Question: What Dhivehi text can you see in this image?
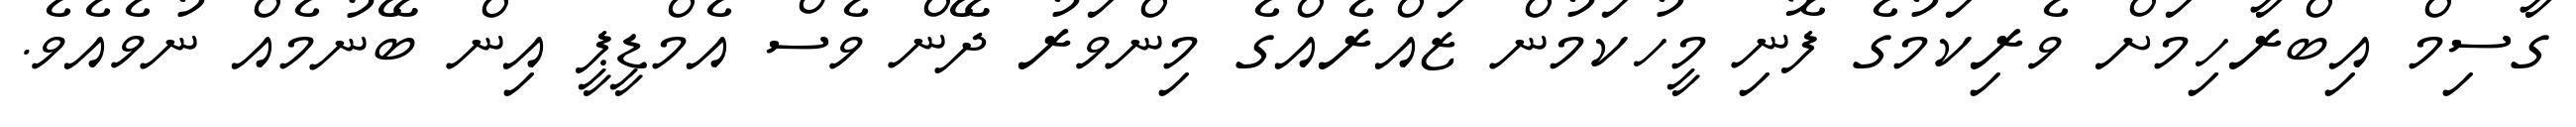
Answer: ގާސިމް އިބްރާހިމަށް ވެރިކަމުގެ ފޮނި މީހުކަމުން ޒައްރެއްގެ މިންވަރު ދޭން ވެސް އެމްޑީޕީ އިން ބޭނުމެއް ނުވެއެވެ.